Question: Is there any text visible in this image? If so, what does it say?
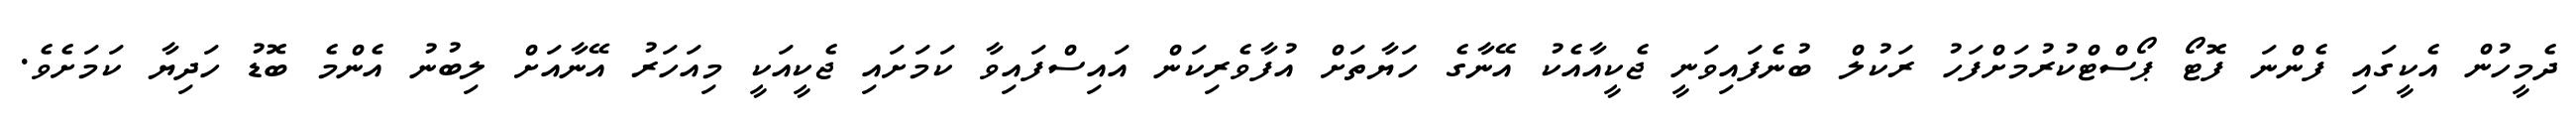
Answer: ދެމީހުން އެކީގައި ފެންނަ ފޮޓޯ ޕޯސްޓްކުރުމަށްފަހު ރަކުލް ބުނެފައިވަނީ ޖެކީއާއެކު އޭނާގެ ހަޔާތަށް އުފާވެރިކަން އައިސްފައިވާ ކަމަށައި ޖެކީއަކީ މިއަހަރު އޭނާއަށް ލިބުނު އެންމެ ބޮޑު ހަދިޔާ ކަމަށެވެ.